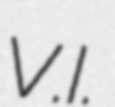
V.I.